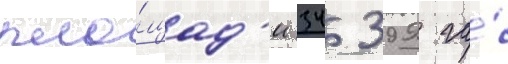
пло́щад'и 34 399 га́